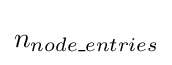
n_{node\_entries}